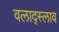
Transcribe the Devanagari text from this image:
वलाद्स्लाव